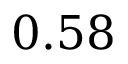
0 . 5 8